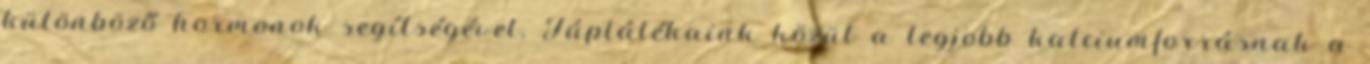
különböző hormonok segítségével. Táplálékaink közül a legjobb kalciumforrásnak a